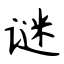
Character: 谜